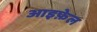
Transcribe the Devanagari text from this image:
आइफ़ेल